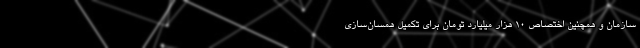
سازمان و همچنین اختصاص ۱۰ هزار میلیارد تومان برای تکمیل همسان‌سازی